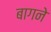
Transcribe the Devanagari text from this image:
बागने